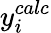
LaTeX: y_{i}^{calc}